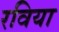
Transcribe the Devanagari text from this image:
रविया